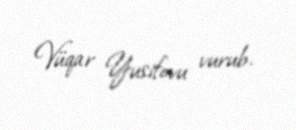
Vüqar Yusifovu vurub.